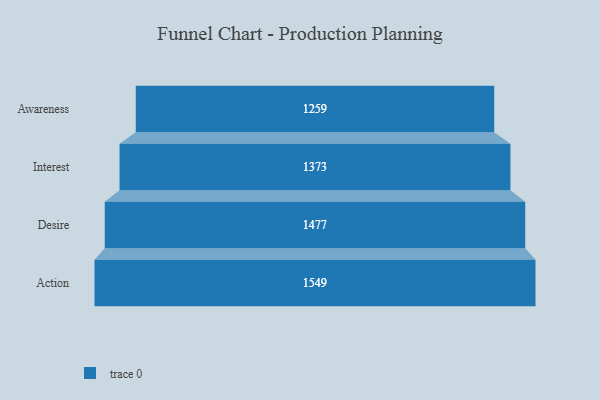
{"axis": {"x": "Stage", "y": "Value"}, "legend": [""], "data": [{"x": "Awareness", "y": 1259.0, "type": ""}, {"x": "Interest", "y": 1373.0, "type": ""}, {"x": "Desire", "y": 1477.0, "type": ""}, {"x": "Action", "y": 1549.0, "type": ""}]}